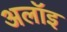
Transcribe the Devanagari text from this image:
अलॉइ